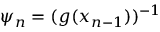
\psi _ { n } = ( g ( x _ { n - 1 } ) ) ^ { - 1 }